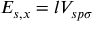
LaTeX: E _ { s , x } = l V _ { s p \sigma }